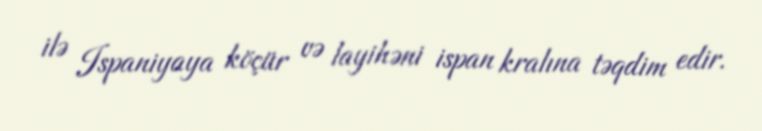
ilə Ispaniyaya köçür və layihəni ispan kralına təqdim edir.